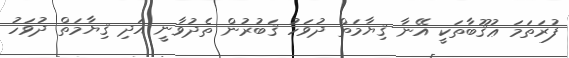
ފުރަތަމަ ޢުޤޫބާތަކީ އޭނާ ޤިޔާމަތް ދުވަހު ޤަބުރުން ތެދުވާނީ އަދި ޤިޔާމަތް ދުވަހު